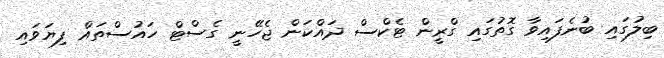
ބިލުގައި ބުނެފައިވާ ގޮތުގައި ގްރީން ޓެކްސް ދައްކަން ޖެހޭނީ ގެސްޓް ހައުސްތައް ފިޔަވައި